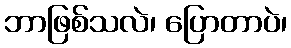
ဘာဖြစ်သလဲ၊ ပြောတာပဲ၊